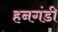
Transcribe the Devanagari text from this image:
हनगंडी